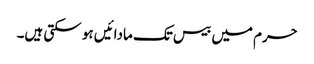
حرم میں بیس تک مادائیں ہو سکتی ہیں۔